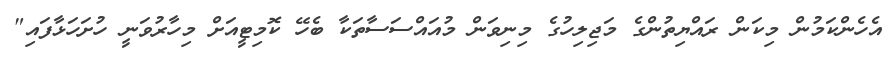
އެހެންކަމުން މިކަން ރައްޔިތުންގެ މަޖިލިހުގެ މިނިވަން މުއައްސަސާތަކާ ބެހޭ ކޮމިޓީއަށް މިހާރުވަނީ ހުށަހަޅާފައި"